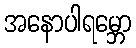
အနောပါရမ္ဘော